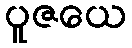
ပူဇယေ